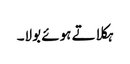
ہکلاتے ہوئے بولا۔